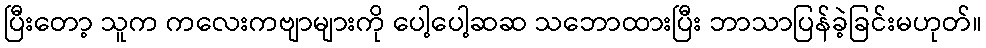
ပြီးတော့ သူက ကလေးကဗျာများကို ပေါ့ပေါ့ဆဆ သဘောထားပြီး ဘာသာပြန်ခဲ့ခြင်းမဟုတ်။